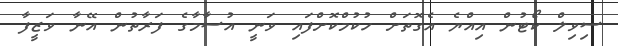
ސިވިލް ކޯޓުން އިއްޔެ އެގޮތަށް ހުކުމްކޮށްފައި ވަނީ އުސާމާގެ ފަރާތުން އޭނާ ވަޒީފާ